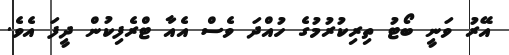
އޭރު ވަނީ ބޯޓު ތިރިކުރުމުގެ ހުއްދަ ވެސް އެއާ ޓްރެފިކުން ދީފަ އެވެ.